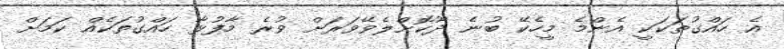
އެ ހައްގުތަކަކީ އެންމެ މީހެކޭ ބުނެ ދޫކޮށްލެވޭވަރަށް ވުރެ މާފުޅާ ހައްގުތަކެއް ކަމަށް